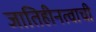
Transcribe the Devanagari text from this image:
जातिहीनत्वाची